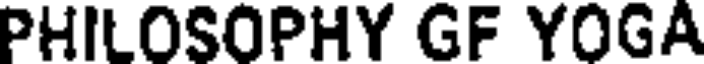
PHILOSOPHY GF YOGA